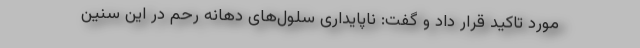
مورد تاکید قرار داد و گفت: ناپایداری سلول‌های دهانه رحم در این سنین